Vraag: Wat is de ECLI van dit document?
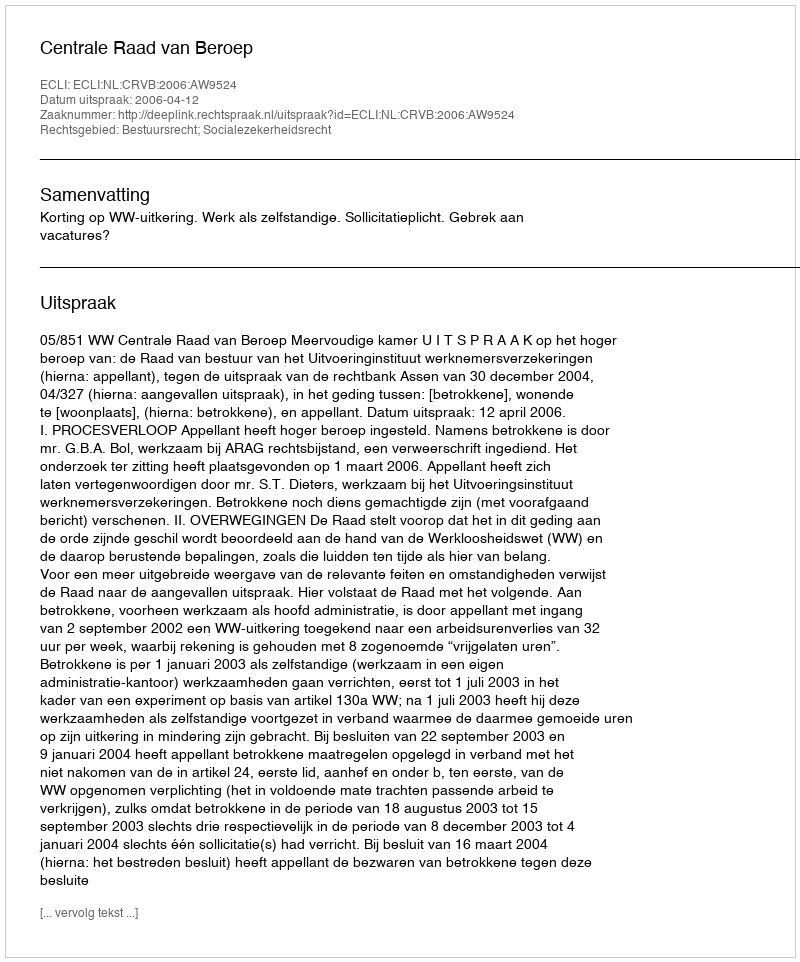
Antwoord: ECLI:NL:CRVB:2006:AW9524